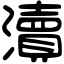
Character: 瀆